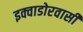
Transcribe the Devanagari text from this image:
इक्वाडोरवासी